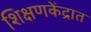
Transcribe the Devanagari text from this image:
शिक्षणकेंद्रात